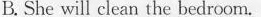
B. She will clean the bedroom.